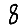
Digit: 8